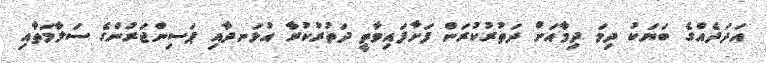
އަދަދެއްގެ ބަޔަކު ދިމަ ދިމާއަށް ދަތުރުކުރަން ފަށާފައިވާތީ ދަތުރުކުރާ އުޅަނދާއި ޕަސިންޖަރުންގެ ސަލާމަތާއި